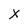
Character: X